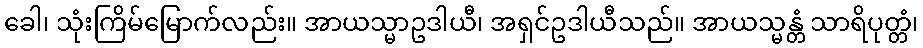
ခေါ၊ သုံးကြိမ်မြောက်လည်း။ အာယသ္မာဥဒါယီ၊ အရှင်ဥဒါယီသည်။ အာယသ္မန္တံ သာရိပုတ္တံ၊